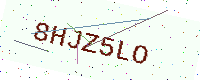
Text: 8HJZ5LO